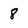
Character: 8